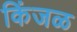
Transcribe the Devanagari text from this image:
किंजळ